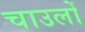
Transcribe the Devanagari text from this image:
चाउलों